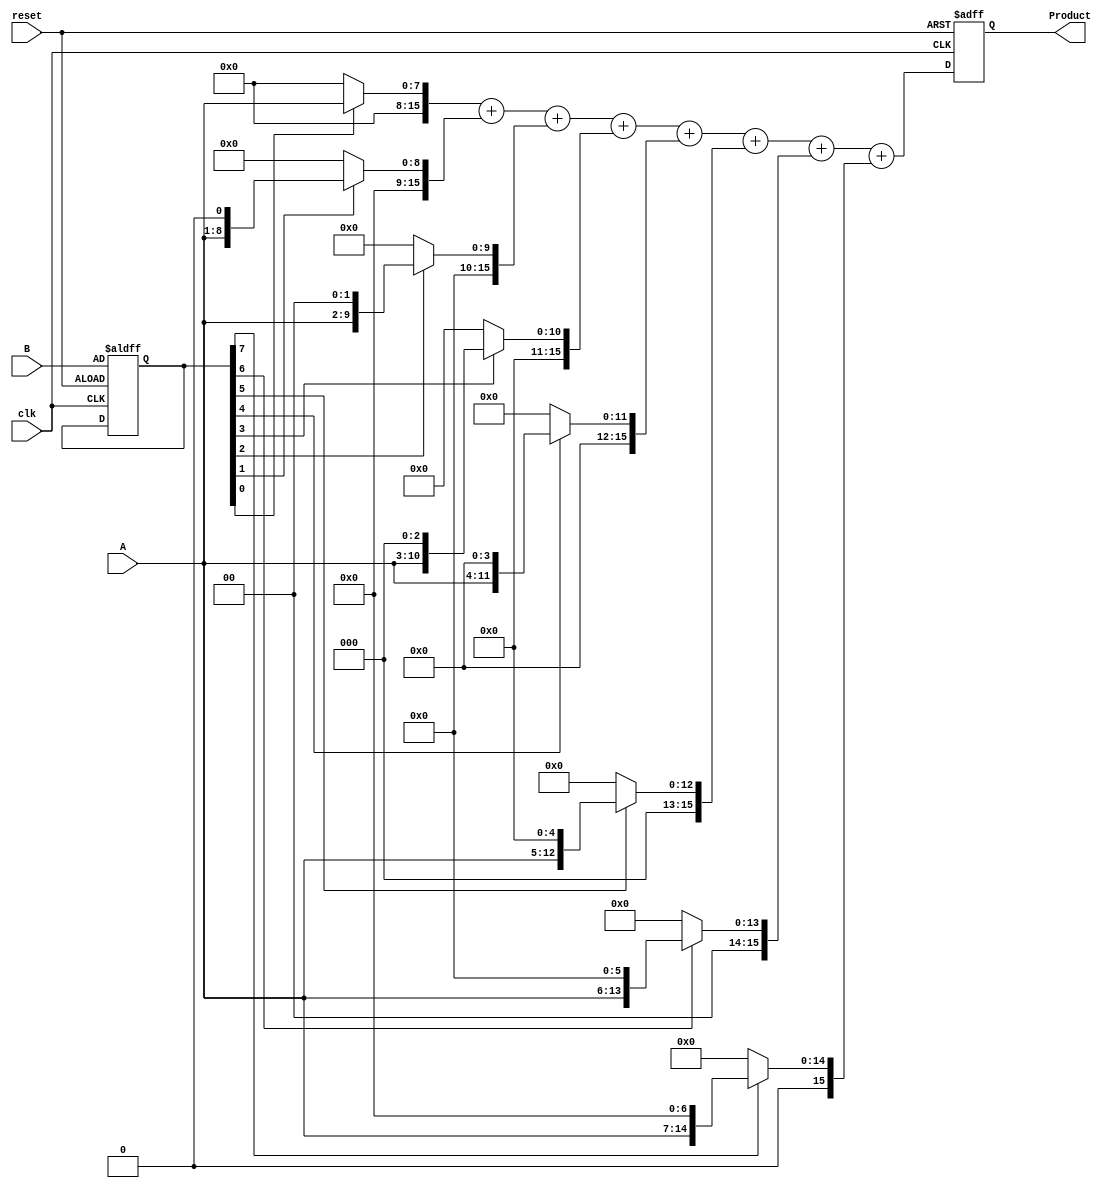
module PartialProductAccumulator #(
    parameter N = 8 // Parameter for the bit-width of operands
)(
    input  wire [N-1:0] A,      // First operand (multiplier)
    input  wire [N-1:0] B,      // Second operand (multiplicand)
    input  wire clk,            // Clock signal
    input  wire reset,          // Active high reset
    output reg [2*N-1:0] Product // Final accumulated product
);

    reg [2*N-1:0] partial_products [0:N-1]; // Array to hold partial products
    reg [N-1:0] b_reg; // Register to hold B for processing
    integer i;

    // Generate partial products and accumulate them
    always @(posedge clk or posedge reset) begin
        if (reset) begin
            Product <= 0;        // Clear Product on reset
            b_reg <= B;          // Load B into the register
        end else begin
            // Shift and generate partial products
            for (i = 0; i < N; i = i + 1) begin
                if (b_reg[i]) begin
                    partial_products[i] = A << i; // Generate partial product
                end else begin
                    partial_products[i] = 0;      // No partial product if Bi is 0
                end
            end
            
            // Accumulate the partial products
            Product <= partial_products[0] + partial_products[1] + 
                       partial_products[2] + partial_products[3] + 
                       partial_products[4] + partial_products[5] + 
                       partial_products[6] + partial_products[7];
        end
    end

endmodule